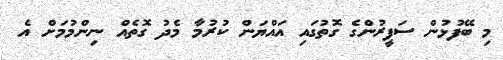
މި ބޭފުޅުން ސަފީރުންގެ ގޮތުގައި އައްޔަން ކުރުމާ މެދު ގޮތެއް ނިންމުމަށް އެ